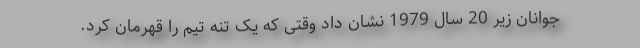
جوانان زیر 20 سال 1979 نشان داد وقتی که یک تنه تیم را قهرمان کرد.